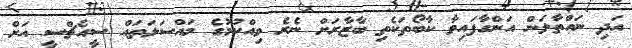
އަދި ނައްތާލަން އަންގާފައިވާ ކާބޯތަކެތި ބާޒާރަށް ނެރެ ވިއްކުމުގެ މައްސަލަތައް ސީއެޗްސީ އަށް